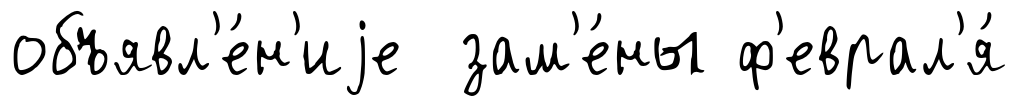
объявл'е́н'иjе зам'е́ны ф'еврал'я́